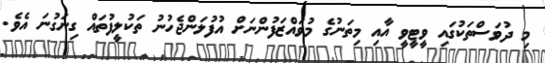
މި ދުވަސްތަކުގައި ވީޓީވީ އާއި މިތަނުގެ މުވައްޒަފުންނަށް އުފުލަންޖެހުނު ތަކުލީފުތައް ގިނަގުނަ އެވެ.